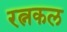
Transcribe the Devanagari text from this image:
रत्नकल